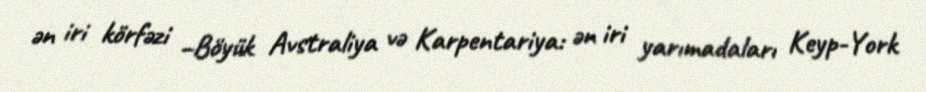
ən iri körfəzi –Böyük Avstraliya və Karpentariya: ən iri yarımadaları Keyp-York